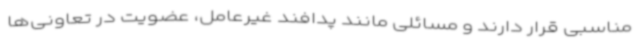
مناسبی قرار دارند و مسائلی مانند پدافند غیرعامل، عضویت در تعاونی‌ها